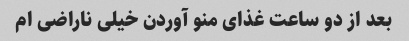
بعد از دو ساعت غذای منو آوردن خیلی ناراضی ام